Indian journal of veterinary science and animal husbandry - Volume 13,
Year: 1943
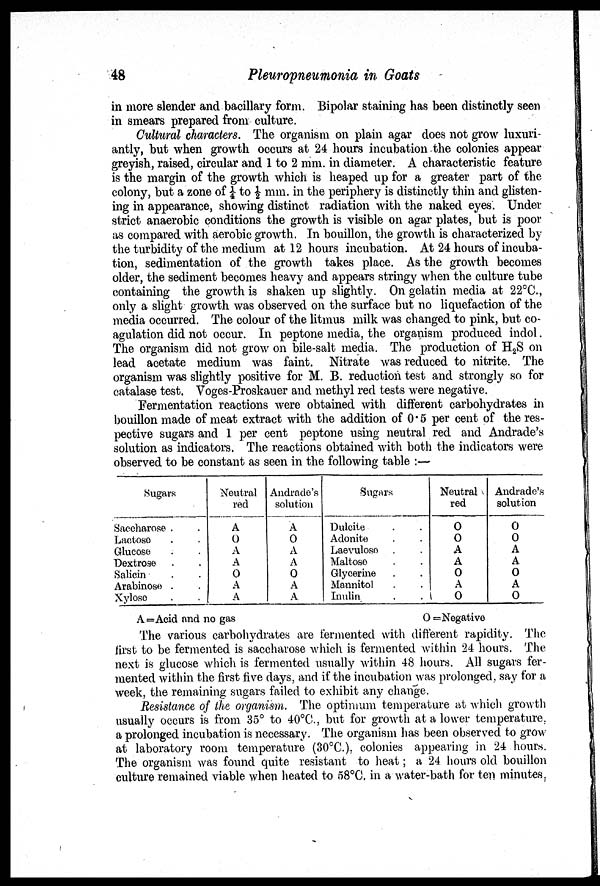
48
Pleuropneumonia in Goats
in more slender and bacillary form. Bipolar staining has been distinctly seen
in smears prepared from culture.
Cultural characters. The organism on plain agar does not grow luxuri-
antly, but when growth occurs at 24 hours incubation the colonies appear
greyish, raised, circular and 1 to 2 mm. in diameter. A characteristic feature
is the margin of the growth which is heaped up for a greater part of the
colony, but a zone of ¼ to ½ mm. in the periphery is distinctly thin and glisten-
ing in appearance, showing distinct radiation with the naked eyes. Under
strict anaerobic conditions the growth is visible on agar plates, but is poor
as compared with aerobic growth. In bouillon, the growth is characterized by
the turbidity of the medium at 12 hours incubation. At 24 hours of incuba-
tion, sedimentation of the growth takes place. As the growth becomes
older, the sediment becomes heavy and appears stringy when the culture tube
containing the growth is shaken up slightly. On gelatin media at 22°C.,
only a slight growth was observed on the surface but no liquefaction of the
media occurred. The colour of the litmus milk was changed to pink, but co-
agulation did not occur. In peptone media, the organism produced indol.
The organism did not grow on bile-salt media. The production of H 2 S on
lead acetate medium was faint. Nitrate was reduced to nitrite. The
organism was slightly positive for M. B. reduction test and strongly so for
catalase test. Voges-Proskauer and methyl red tests were negative.
Fermentation reactions were obtained with different carbohydrates in
bouillon made of meat extract with the addition of 0.5 per cent of the res-
pective sugars and 1 per cent peptone using neutral red and Andrade's
solution as indicators. The reactions obtained with both the indicators were
observed to be constant as seen in the following table :—
Sugars
Saccharose . .
Lactose . .
Glucose . .
Dextrose . .
Salicin . .
Arabinose . .
Xylose . .
Neutral
red
A
O
A
A
O
A
A
Andrade's
solution
A
O
A
A
O
A
A
Sugars
Dulcite . .
Adonite . .
Laevuloso . .
Maltose . .
Glycerine . .
Mannitol . .
Inulin . .
Neutral
red
O
O
A
A
O
A
O
Andrade's
solution
O
O
A
A
O
A
O
A = Acid and no gas
O
=Negative
The various carbohydrates are fermented with different rapidity. The
first to be fermented is saccharose which is fermented within 24 hours. The
next is glucose which is fermented usually within 48 hours. All sugars fer-
mented within the first five days, and if the incubation was prolonged, say for a
week, the remaining sugars failed to exhibit any change.
Resistance of the organism. The optimum temperature at which growth
usually occurs is from 35° to 40°C., but for growth at a lower temperature,
a prolonged incubation is necessary. The organism has been observed to grow
at laboratory room temperature (30°C.), colonies appearing in 24 hours.
The organism was found quite resistant to heat; a 24 hours old bouillon
culture remained viable when heated to 58°C. in a water-bath for ten minutes.